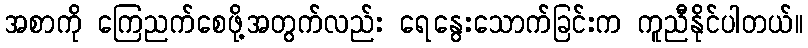
အစာကို ကြေညက်စေဖို့အတွက်လည်း ရေနွေးသောက်ခြင်းက ကူညီနိုင်ပါတယ်။